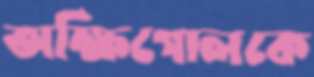
অক্ষিগোলকে